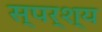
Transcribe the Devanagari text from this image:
स्पर्श्य